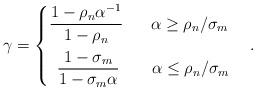
LaTeX: \begin{align*} \gamma= \begin{cases} \dfrac{1-\rho_n\alpha^{-1}} {1-\rho_n} \hskip 7mm\alpha\geq\rho_n/\sigma_m \\ \hskip 2mm \dfrac{1-\sigma_m\vphantom{1^{\textstyle|}}} {1-\sigma_m\alpha}\hskip 8.2mm\alpha\leq\rho_n/\sigma_m \end{cases}.\end{align*}